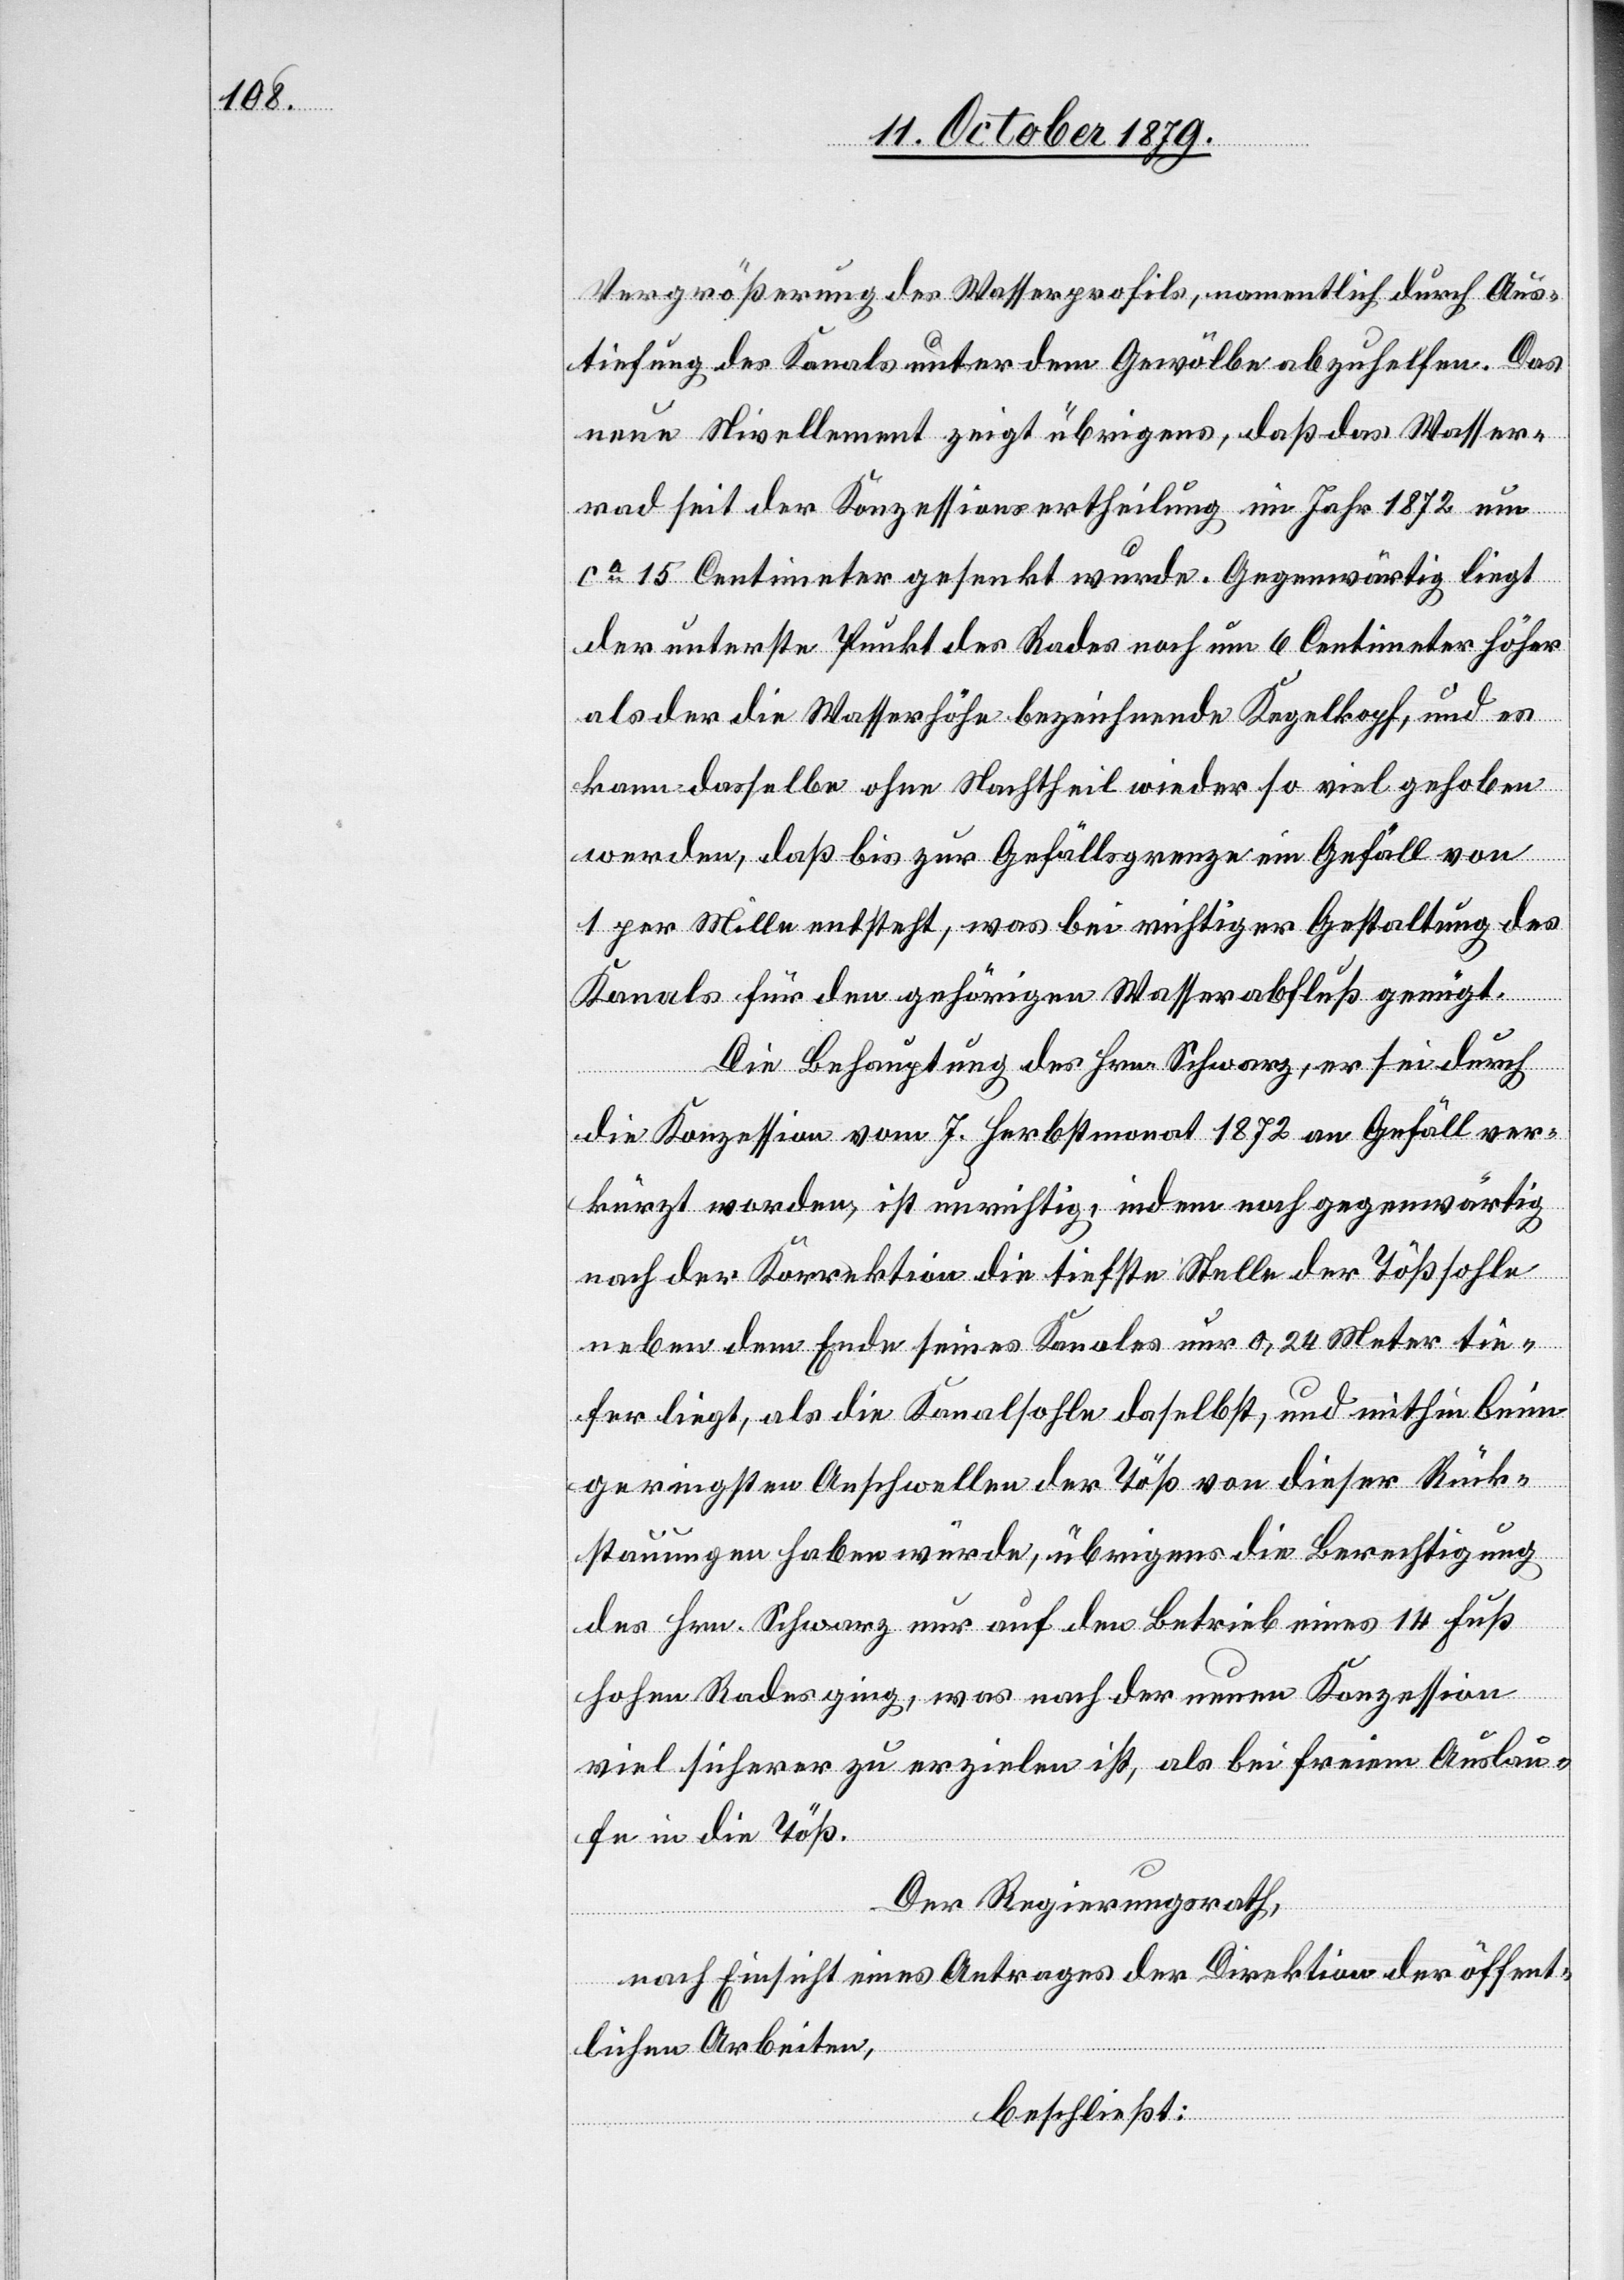
Vergrößerung des Wasserprofils, namenthlich durch Aus¬
tiefung des Kanals unter dem Gewölbe abzuhelfen. Das
neue Nivellement zeigt übrigens, daß das Wasser¬
rad seit der Konzessionsertheilung im Jahr 1872 um
ca 15 Centimeter gesenkt wurde. Gegenwärtig liegt
der unterste Punkt des Rades noch um 6 Centimeter höher
als der die Wasserhöhe bezeichnende Kegelkopf, und es
kann dasselbe ohne Nachtheil wieder so viel gehoben
werden, daß bis zur Gefällsgrenze ein Gefäll von
1 Mille entsteht, was bei richtiger Gestaltung des
Kanals für den gehörigen Wasserabfluß genügt.
Die Behauptung des Hrn. Schwarz, er sei durch
die Konzession vom 7. Herbstmonat 1872 an Gefäll ver¬
kürzt worden, ist unrichtig, indem noch gegenwärtig
nach der Korrektion die tiefste Stelle der Tößsohle
neben dem Ende seines Kanals nur 0,24 Meter tie¬
fer liegt, als die Kanalsohle daselbst, und mithin beim
geringsten Anschwellen der Töß von dieser Rück¬
stauungen haben würde, übrigens die Berechtigung
des Hrn. Schwarz nur auf der neuen Konzessi¬
on
viel sicherer zu erzielen ist, als bei freiem Auslau¬
fe in die Töß.
Der Regierungsrath,
nach Einsicht eines Antrages der Direktion der öffent¬
lichen Arbeiten,
beschließt: